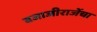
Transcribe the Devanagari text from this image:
बजाजीराजेंचा